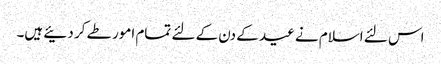
اس لئے اسلام نے عید کے دن کے لئے تمام امور طے کر دئیے ہیں۔